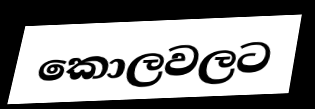
කොලවලට